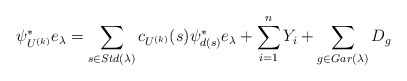
\begin{align*} \psi_{U^{(k)}}^*e_{\lambda}=\sum_{s\in Std(\lambda)}c_{U^{(k)}}(s)\psi_{d(s)}^* e_{\lambda}+\sum_{i=1}^{n} Y_i+\sum_{g\in Gar(\lambda)} D_g\end{align*}